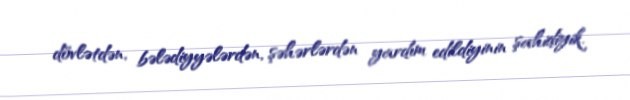
dövlətdən, bələdiyyələrdən, şəhərlərdən yardım edildiyinin şahidiyik.